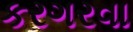
કરગરવા